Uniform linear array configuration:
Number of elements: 64
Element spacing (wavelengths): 0.25
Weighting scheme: kaiser
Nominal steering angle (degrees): -45
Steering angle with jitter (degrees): -46.429
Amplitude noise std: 0.05
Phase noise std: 0.05

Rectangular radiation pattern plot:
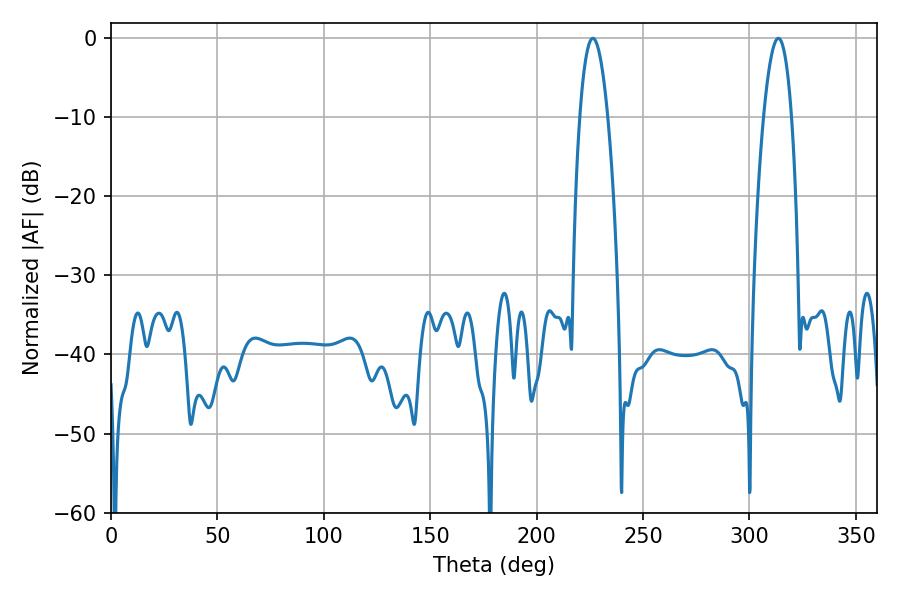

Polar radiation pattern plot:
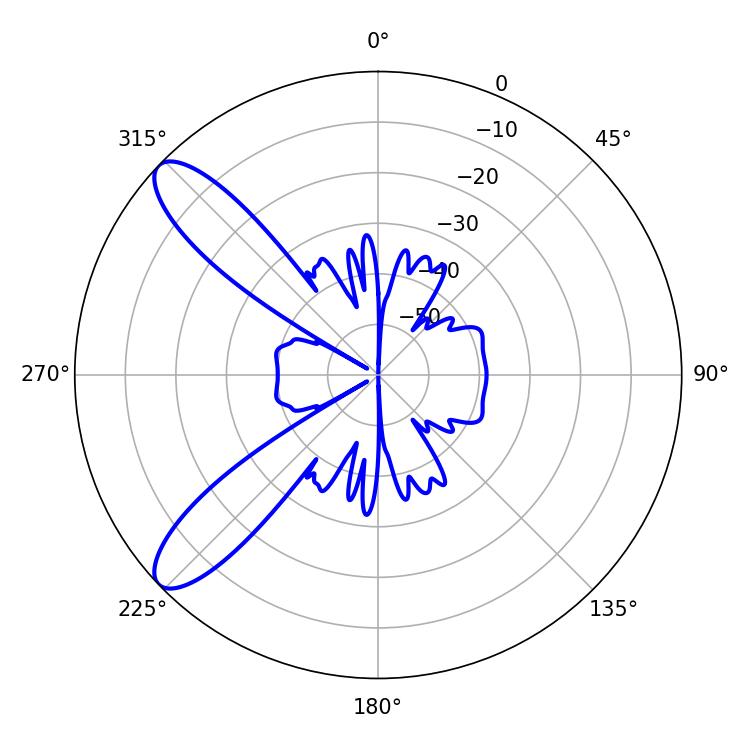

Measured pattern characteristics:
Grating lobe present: FALSE
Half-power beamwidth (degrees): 7.38
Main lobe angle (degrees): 226.44